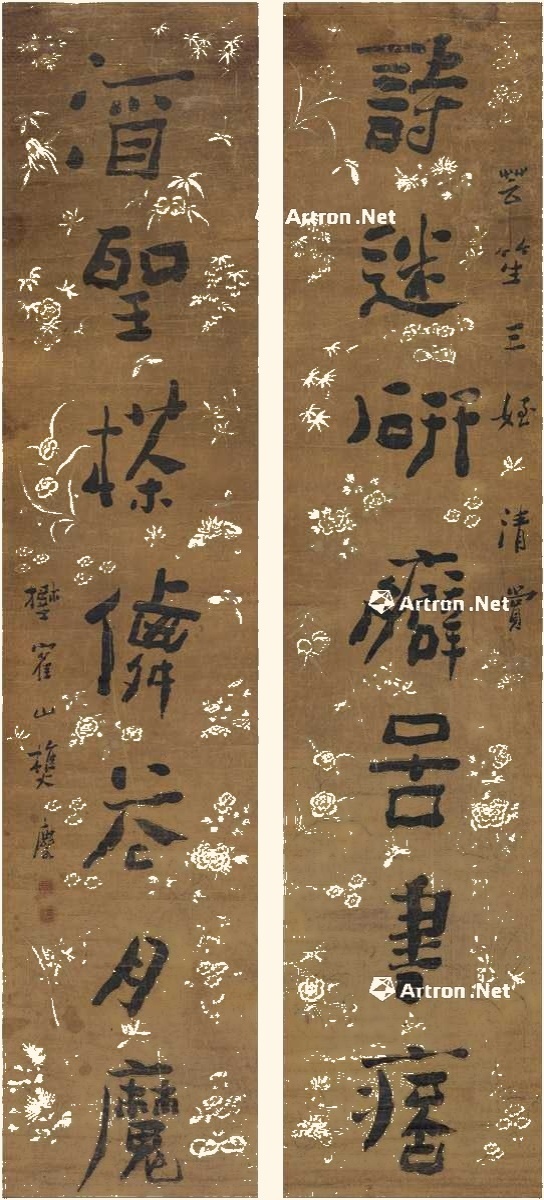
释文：诗迷研癖图书痞，酒圣茶僊花月魔。芸笙三侄清赏，野鹤山樵麐。